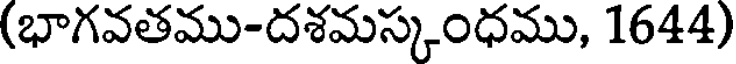
(భాగవతము-దశమస్కంధము, 1644)